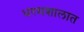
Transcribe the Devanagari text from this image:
धरमशालात